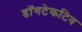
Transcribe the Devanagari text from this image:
डॉगटेकटिव